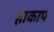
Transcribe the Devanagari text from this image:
हाकाप